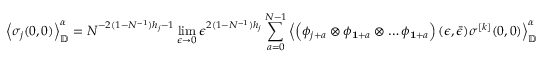
\left\langle \sigma _ { j } ( 0 , 0 ) \right\rangle _ { \mathbb { D } } ^ { \alpha } = N ^ { - 2 ( 1 - N ^ { - 1 } ) h _ { j } - 1 } \operatorname* { l i m } _ { \epsilon \rightarrow 0 } \epsilon ^ { 2 ( 1 - N ^ { - 1 } ) h _ { j } } \sum _ { a = 0 } ^ { N - 1 } \left\langle \left( \phi _ { j + a } \otimes \phi _ { \mathbf { 1 } + a } \otimes \dots \phi _ { \mathbf { 1 } + a } \right) ( \epsilon , \bar { \epsilon } ) \sigma ^ { [ k ] } ( 0 , 0 ) \right\rangle _ { \mathbb { D } } ^ { \alpha }